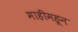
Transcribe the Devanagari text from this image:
माहीमहून